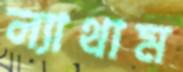
ল্যাথাম